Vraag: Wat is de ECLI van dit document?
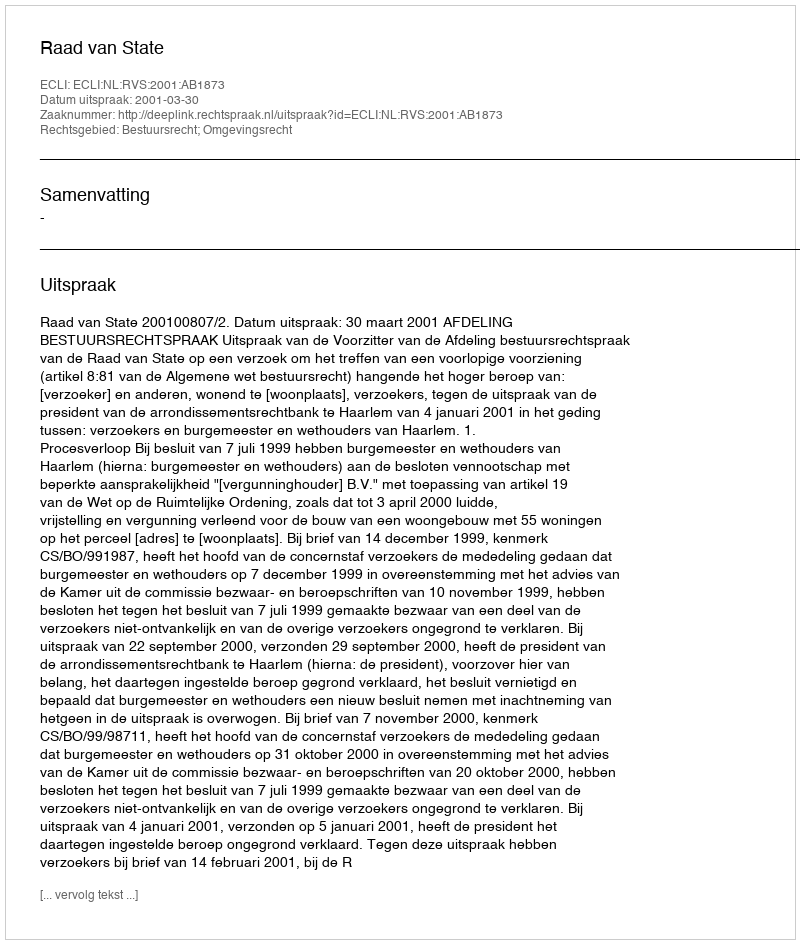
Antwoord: ECLI:NL:RVS:2001:AB1873